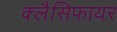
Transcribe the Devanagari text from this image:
क्लैसिफायर